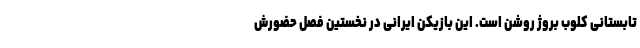
تابستانی کلوب بروژ روشن است. این بازیکن ایرانی در نخستین فصل حضورش